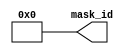
module ctu_jtag_id (
mask_id
);
output [3:0] mask_id;
parameter [9:1] id3_m = 9'b0;
parameter [9:1] id2_m = 9'b0;
parameter [9:1] id1_m = 9'b0;
parameter [9:1] id0_m = 9'b0;
assign 	   mask_id[0] = id0_m[1] ^ id0_m[2] ^ id0_m[3] ^ id0_m[4] ^ id0_m[5] ^ id0_m[6] ^ id0_m[7] ^ id0_m[8] ^ id0_m[9];
assign 	   mask_id[1] = id1_m[1] ^ id1_m[2] ^ id1_m[3] ^ id1_m[4] ^ id1_m[5] ^ id1_m[6] ^ id1_m[7] ^ id1_m[8] ^ id1_m[9];
assign 	   mask_id[2] = id2_m[1] ^ id2_m[2] ^ id2_m[3] ^ id2_m[4] ^ id2_m[5] ^ id2_m[6] ^ id2_m[7] ^ id2_m[8] ^ id2_m[9];
assign 	   mask_id[3] = id3_m[1] ^ id3_m[2] ^ id3_m[3] ^ id3_m[4] ^ id3_m[5] ^ id3_m[6] ^ id3_m[7] ^ id3_m[8] ^ id3_m[9];
endmodule